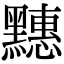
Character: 𪒜